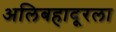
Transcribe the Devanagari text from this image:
अलिबहादूरला